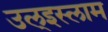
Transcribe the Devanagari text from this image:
उल्‌इस्लाम